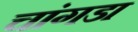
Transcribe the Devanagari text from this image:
चांगडा